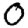
Digit: 0